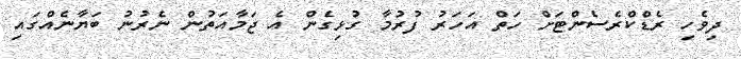
ދިވެހި ރެޑްކްރެސެންޓަށް ހަތް އަހަރު ފުރުމާ ގުޅިގެން އެ ޖަމާއަތުން ނެރުނު ބަޔާނެއްގައި